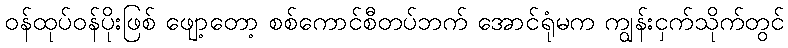
ဝန်ထုပ်ဝန်ပိုးဖြစ် ဖျော့တော့ စစ်ကောင်စီတပ်ဘက် အောင်ရုံမက ကျွန်းငှက်သိုက်တွင်